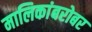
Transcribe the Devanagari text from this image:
मालिकांबरोबर